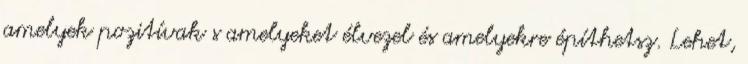
amelyek pozitívak s amelyeket élvezel és amelyekre építhetsz. Lehet,